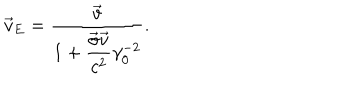
\vec { v } _ { E } = \frac { \vec { v } } { 1 + \displaystyle \frac { \vec { \sigma } \vec { v } } { c ^ { 2 } } \gamma _ { 0 } ^ { - 2 } } .